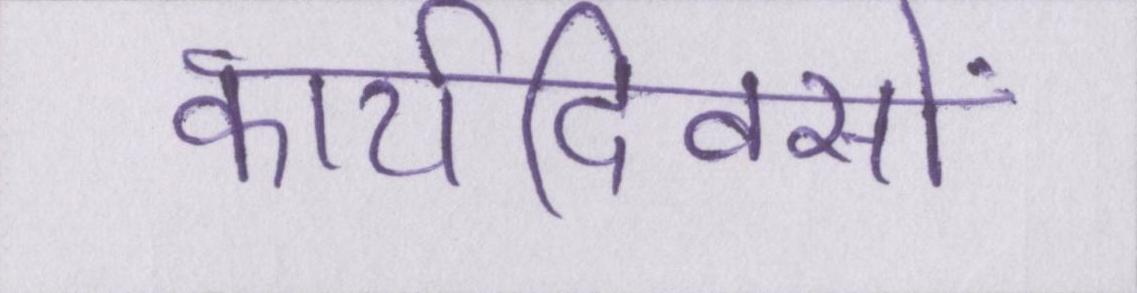
कार्यदिवसों